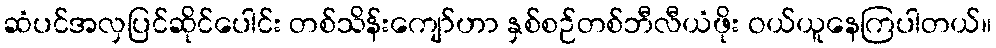
ဆံပင်အလှပြင်ဆိုင်ပေါင်း တစ်သိန်းကျော်ဟာ နှစ်စဉ်တစ်ဘီလီယံဖိုး ဝယ်ယူနေကြပါတယ်။